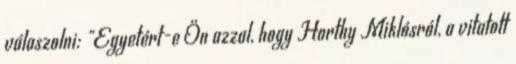
válaszolni: "Egyetért-e Ön azzal, hogy Horthy Miklósról, a vitatott